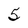
Character: 5